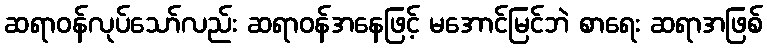
ဆရာဝန်လုပ်သော်လည်း ဆရာဝန်အနေဖြင့် မအောင်မြင်ဘဲ စာရေး ဆရာအဖြစ်